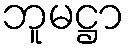
ဘူမဋ္ဌာ